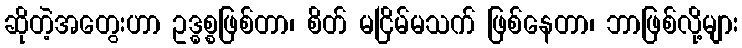
ဆိုတဲ့အတွေးဟာ ဥဒ္ဓစ္စဖြစ်တာ၊ စိတ် မငြိမ်မသက် ဖြစ်နေတာ၊ ဘာဖြစ်လို့များ